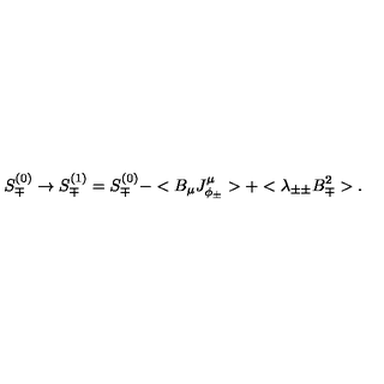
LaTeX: S _ { \mp } ^ { ( 0 ) } \rightarrow S _ { \mp } ^ { ( 1 ) } = S _ { \mp } ^ { ( 0 ) } - < B _ { \mu } J _ { \phi _ { \pm } } ^ { \mu } > + < \lambda _ { \pm \pm } B _ { \mp } ^ { 2 } > .